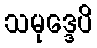
သမုဒ္ဒေပိ